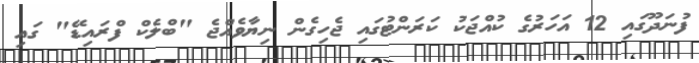
ފުނަދޫގައި 12 އަހަރުގެ ކުއްޖަކު ކަރަންޓުގައި ޖެހިގެން ނިޔާވެއްޖެ "ބްލެކް ފްރައިޑޭ" ގައި